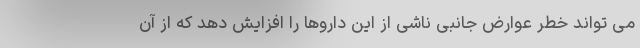
می تواند خطر عوارض جانبی ناشی از این داروها را افزایش دهد که از آن